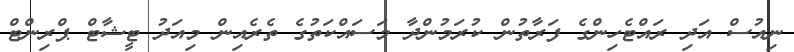
ނިއުސް އަދި ރައްޓެހިންގެ ފަރާތުން ކުރަމުންދާ މަސައްކަތުގެ ތެރެއިން މިއަދު ޓީޝާޓް ޕްރިންޓް